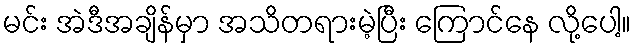
မင်း အဲဒီအချိန်မှာ အသိတရားမဲ့ပြီး ကြောင်နေ လို့ပေါ့။